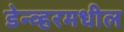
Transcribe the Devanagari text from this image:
डेन्व्हरमधील